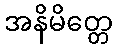
အနိမိတ္တေ